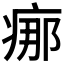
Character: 𤶸